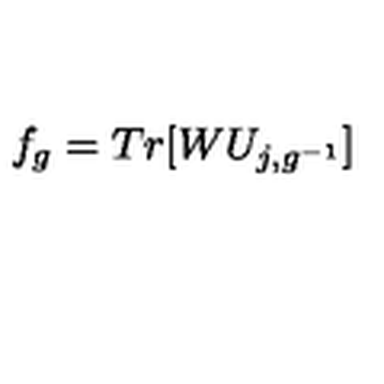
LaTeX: f _ { g } = T r [ W U _ { j , g ^ { - 1 } } ]